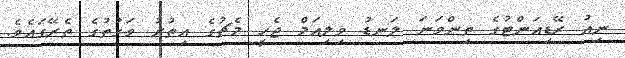
ނިއު ރޭޑިއަންޓުގެ ތިންވަނަ ލަނޑު ވިލިއަމް ޖެހީ މެޗުގެ އިތުރު ވަގުތުގެ ތެރޭގައެވެ.